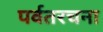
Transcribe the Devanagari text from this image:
पर्वतरचना